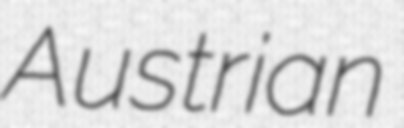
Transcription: Austrian